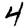
Digit: 4